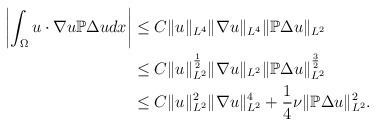
\begin{align*}\begin{aligned}\left|\int_{\Omega}u\cdot\nabla u\mathbb{P}\Delta udx\right| & \leq C\|u\|_{L^{4}}\|\nabla u\|_{L^{4}}\|\mathbb{P}\Delta u\|_{L^{2}}\\ & \leq C\|u\|_{L^{2}}^{\frac{1}{2}}\|\nabla u\|_{L^{2}}\|\mathbb{P}\Delta u\|_{L^{2}}^{\frac{3}{2}}\\ & \leq C\|u\|_{L^{2}}^{2}\|\nabla u\|_{L^{2}}^{4}+\frac{1}{4}\nu\|\mathbb{P}\Delta u\|_{L^{2}}^{2}.\end{aligned}\end{align*}